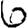
Digit: 6